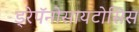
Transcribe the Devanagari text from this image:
ड्रेपॅनोसायटोसिस